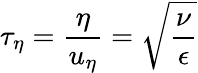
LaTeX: \tau_{\eta}=\frac{\eta}{u_{\eta}}=\sqrt{\frac{\nu}{\epsilon}}